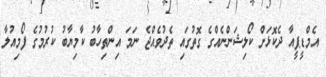
އެމްޑީޕީއާ ދެކޮޅަށް ކޯލިޝަންނެއްގެ ގޮތުގައި ތެދުވެއްޖެ ނަމަ އިންތިހާބު ކާމިޔާބު ކުރުމުގެ ފޯމިއުލާ